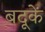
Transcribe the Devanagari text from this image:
बदूकें